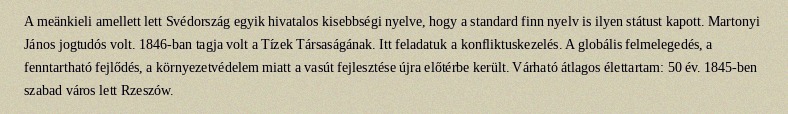
A meänkieli amellett lett Svédország egyik hivatalos kisebbségi nyelve, hogy a standard finn nyelv is ilyen státust kapott. Martonyi János jogtudós volt. 1846-ban tagja volt a Tízek Társaságának. Itt feladatuk a konfliktuskezelés. A globális felmelegedés, a fenntartható fejlődés, a környezetvédelem miatt a vasút fejlesztése újra előtérbe került. Várható átlagos élettartam: 50 év. 1845-ben szabad város lett Rzeszów.